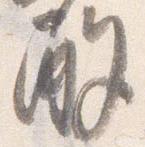
酌